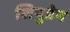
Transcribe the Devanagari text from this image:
शिपुडेन